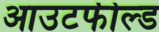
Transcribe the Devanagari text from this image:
आउटफील्‍ड